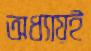
অধ্যায়ই